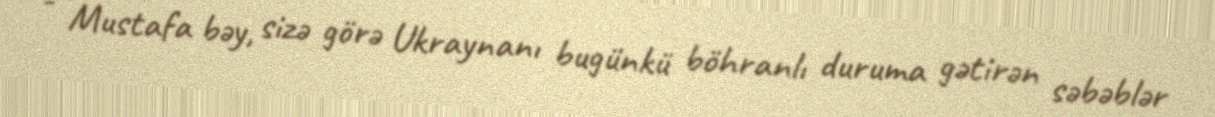
- Mustafa bəy, sizə görə Ukraynanı bugünkü böhranlı duruma gətirən səbəblər